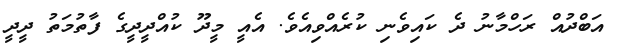
އަބްދުއް ރަހްމާނު ދެ ކައިވެނި ކުރެއްވިއެވެ. އެއީ މީދޫ ކުއްދީދީގެ ފާތުމަތު ދީދީ